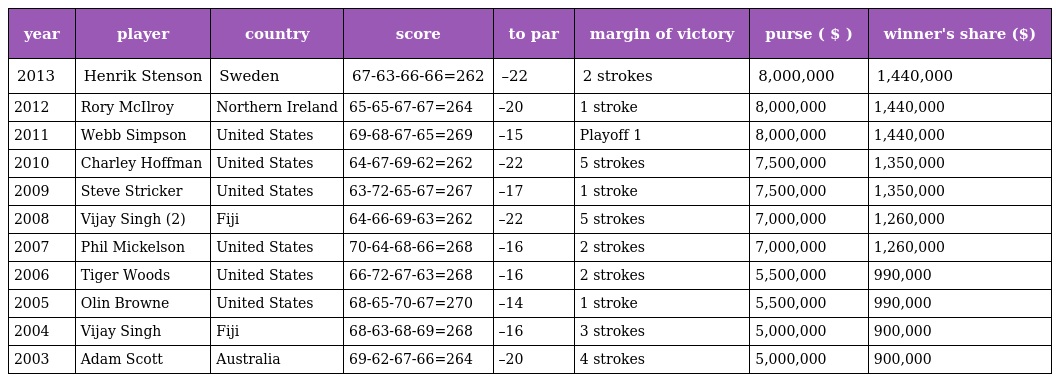
| year | player | country | score | to par | margin of victory | purse ( $ ) | winner's share ($) |
 | --- | --- | --- | --- | --- | --- | --- | --- |
 | 2013 | Henrik Stenson | Sweden | 67-63-66-66=262 | –22 | 2 strokes | 8,000,000 | 1,440,000 |
 | 2012 | Rory McIlroy | Northern Ireland | 65-65-67-67=264 | –20 | 1 stroke | 8,000,000 | 1,440,000 |
 | 2011 | Webb Simpson | United States | 69-68-67-65=269 | –15 | Playoff 1 | 8,000,000 | 1,440,000 |
 | 2010 | Charley Hoffman | United States | 64-67-69-62=262 | –22 | 5 strokes | 7,500,000 | 1,350,000 |
 | 2009 | Steve Stricker | United States | 63-72-65-67=267 | –17 | 1 stroke | 7,500,000 | 1,350,000 |
 | 2008 | Vijay Singh (2) | Fiji | 64-66-69-63=262 | –22 | 5 strokes | 7,000,000 | 1,260,000 |
 | 2007 | Phil Mickelson | United States | 70-64-68-66=268 | –16 | 2 strokes | 7,000,000 | 1,260,000 |
 | 2006 | Tiger Woods | United States | 66-72-67-63=268 | –16 | 2 strokes | 5,500,000 | 990,000 |
 | 2005 | Olin Browne | United States | 68-65-70-67=270 | –14 | 1 stroke | 5,500,000 | 990,000 |
 | 2004 | Vijay Singh | Fiji | 68-63-68-69=268 | –16 | 3 strokes | 5,000,000 | 900,000 |
 | 2003 | Adam Scott | Australia | 69-62-67-66=264 | –20 | 4 strokes | 5,000,000 | 900,000 |